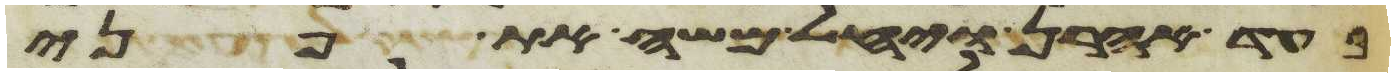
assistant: בעד אהרן ויחל משה את פני